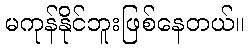
မကုန်နိုင်ဘူးဖြစ်နေတယ်။